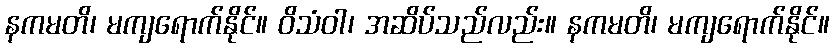
နကမတိ၊ မကျရောက်နိုင်။ ဝိသံဝါ၊ အဆိပ်သည်လည်း။ နကမတိ၊ မကျရောက်နိုင်။